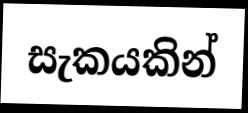
සැකයකින්